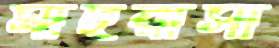
মাদরাসা